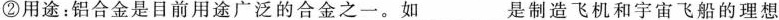
②用途：铝合金是目前用途广泛的合金之一。如___是制造飞机和宇宙飞船的理想